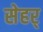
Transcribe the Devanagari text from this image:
सेहर्